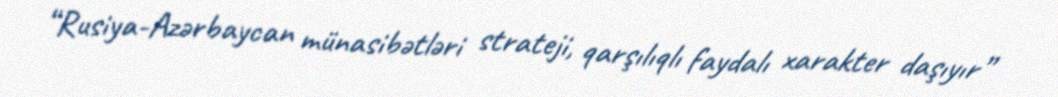
“Rusiya-Azərbaycan münasibətləri strateji, qarşılıqlı faydalı xarakter daşıyır”